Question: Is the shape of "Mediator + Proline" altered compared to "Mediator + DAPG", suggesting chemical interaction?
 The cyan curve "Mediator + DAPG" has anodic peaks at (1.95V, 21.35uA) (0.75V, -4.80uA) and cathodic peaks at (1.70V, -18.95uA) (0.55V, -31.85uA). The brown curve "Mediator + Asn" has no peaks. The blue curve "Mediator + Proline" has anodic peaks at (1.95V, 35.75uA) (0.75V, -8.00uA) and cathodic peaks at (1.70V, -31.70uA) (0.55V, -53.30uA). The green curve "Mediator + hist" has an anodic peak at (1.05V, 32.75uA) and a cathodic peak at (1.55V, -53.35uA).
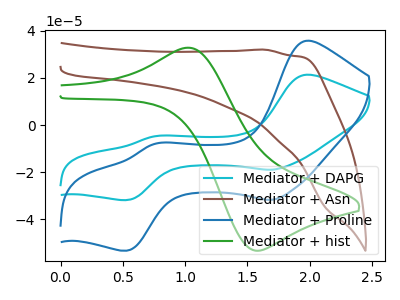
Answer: <think>All the peaks in "Mediator + Proline" have a peak in "Mediator + DAPG" at the same potential.
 </think>
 <answer>No, "Mediator + Proline" and "Mediator + DAPG" don't appear to be significantly different in shape</answer>
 <eval>no_change</eval>